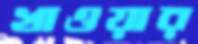
খাওয়ার